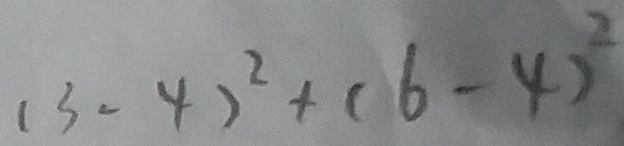
( 3 - 4 ) ^ { 2 } + ( 6 - 4 ) ^ { 2 }